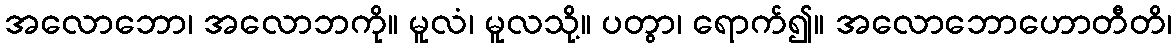
အလောဘော၊ အလောဘကို။ မူလံ၊ မူလသို့။ ပတွာ၊ ရောက်၍။ အလောဘောဟောတီတိ၊